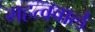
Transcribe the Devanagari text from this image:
महत्ववाले